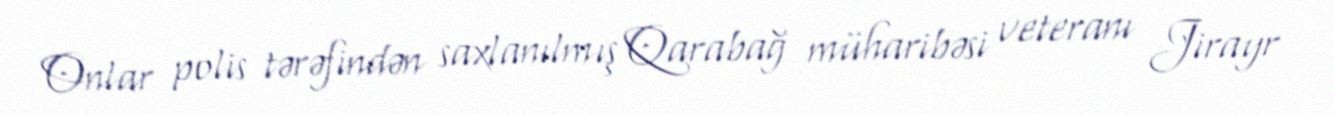
Onlar polis tərəfindən saxlanılmış Qarabağ müharibəsi veteranı Jirayr